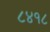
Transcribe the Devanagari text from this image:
८४१८